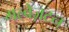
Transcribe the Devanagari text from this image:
गल्वेज़टन